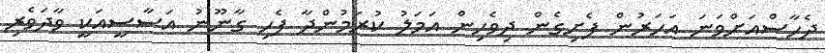
ދެހާސްއަށްވަނަ އަހަރުން ފެށިގެން ދިވެހިން އަމަލު ކުރަމުންދާ ފެހި ގާނޫނު އަސާސީއަކީ ވާދަވެރި